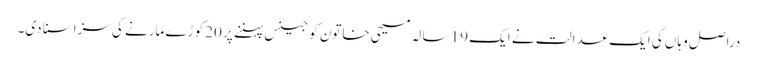
دراصل وہاں کی ایک عدالت نے ایک 19 سالہ مسیحی خاتون کو جینس پہننے پر 20 کوڑے مارنے کی سزاسنا دی۔